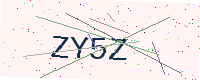
Text: ZY5Z